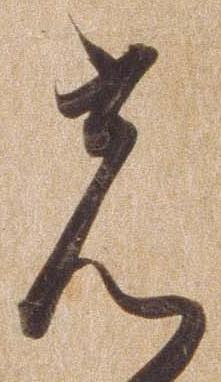
光